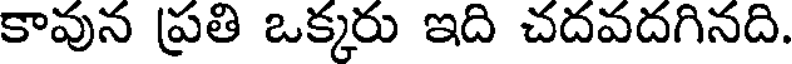
కావున ప్రతి ఒక్కరు ఇది చదవదగినది.